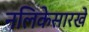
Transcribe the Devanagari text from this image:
नलिकेसारखे